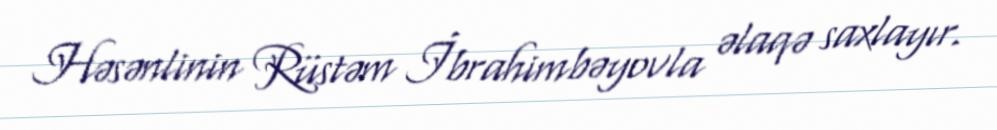
Həsənlinin Rüstəm İbrahimbəyovla əlaqə saxlayır.